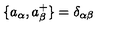
\{ a _ { \alpha } , a _ { \beta } ^ { + } \} = \delta _ { \alpha \beta }